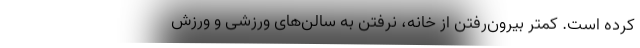
کرده است. کمتر بیرون‌رفتن از خانه، نرفتن به سالن‌های ورزشی و ورزش